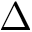
\Delta